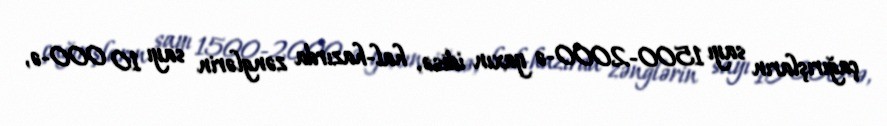
çağırışların sayı 1500-2000-ə yaxın idisə, hal-hazırda zənglərin sayı 10 000-ə,